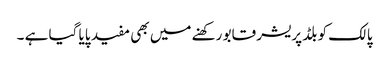
پالک کو بلڈ پریشر قابو رکھنے میں بھی مفید پایا گیا ہے ۔